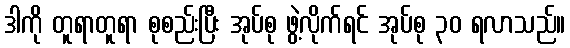
ဒါကို တူရာတူရာ စုစည်းပြီး အုပ်စု ဖွဲ့လိုက်ရင် အုပ်စု ၃၀ ရလာသည်။